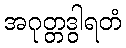
အဂုတ္တဒွါရတံ